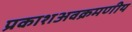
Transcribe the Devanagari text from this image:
प्रकाशअवक्रमणीय